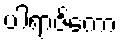
ပါရာဇိကော